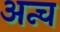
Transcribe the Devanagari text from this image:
अन्च